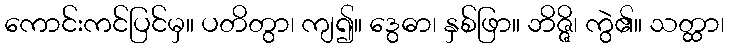
ကောင်းကင်ပြင်မှ။ ပတိတွာ၊ ကျ၍။ ဒွေဓာ၊ နှစ်ဖြာ။ ဘိဇ္ဇိ၊ ကွဲ၏။ သတ္ထာ၊